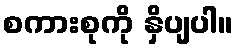
စကားစုကို နှိပျပါ။